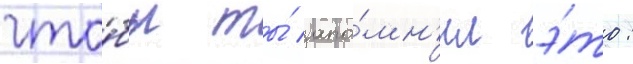
что́бы ты́ запо́мн'ил э́то: